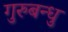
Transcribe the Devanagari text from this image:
गुरुबन्‍धु